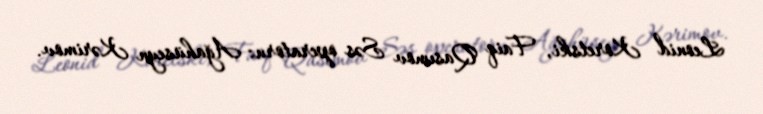
Leonid Koretski, Faiq Qasımov Səs operatoru: Ağahüseyn Kərimov.